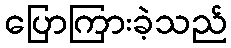
ပြောကြားခဲ့သည်